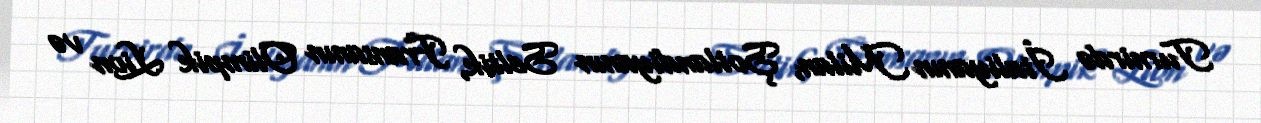
Turnirdə İtaliyanın Milan, Şotlandiyanın Seltik, Fransanın Olimpik Lion və